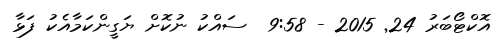
އޮކްޓޯބަރު 24